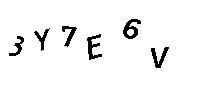
3Y7E6V